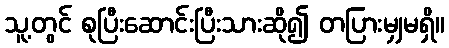
သူ့တွင် စုပြီးဆောင်းပြီးသားဆို၍ တပြားမျှမရှိ။